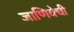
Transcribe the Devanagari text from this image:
जाणिवेची